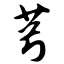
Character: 芎